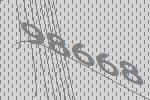
98668